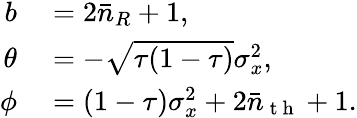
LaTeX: \begin{array}{rl}{b}&{{}=2\bar{n}_{R}+1,}\\ {\theta}&{{}=-\sqrt{\tau(1-\tau)}\sigma_{x}^{2},}\\ {\phi}&{{}=(1-\tau)\sigma_{x}^{2}+2\bar{n}_{\mathrm{~t~h~}}+1.}\end{array}